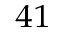
^ { 4 1 }